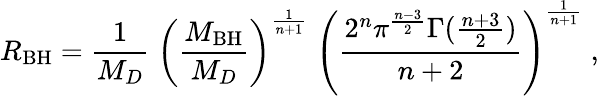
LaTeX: R_{\mathrm{BH}}=\frac{1}{M_{D}}\; \left(\frac{M_{\mathrm{BH}}}{M_{D}}\right)^{\frac{1}{n+1}}\; \left(\frac{2^{n}\pi^{\frac{n-3}{2}}\Gamma(\frac{n+3}{2})}{n+2}\right)^{\frac{1}{n+1}}\; ,